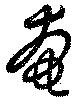
奄